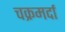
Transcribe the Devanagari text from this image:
चक्रमर्दा